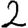
Digit: 2